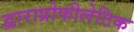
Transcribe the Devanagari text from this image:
द्वाराप्रोफीलेटिक